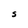
Character: S